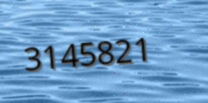
3145821